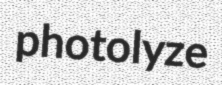
photolyze